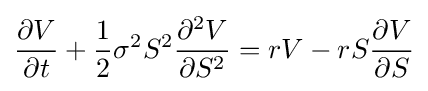
{\frac {\partial V}{\partial t}}+{\frac {1}{2}}\sigma ^{2}S^{2}{\frac {\partial ^{2}V}{\partial S^{2}}}=rV-rS{\frac {\partial V}{\partial S}}